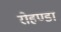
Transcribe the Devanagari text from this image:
रोहण्डा